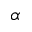
\alpha